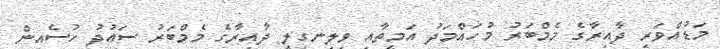
މަޑުއްވަރީ ދާއިރާގެ މެމްބަރު މުހައްމަދު އަމީތާއި ވިލިނގިލީ ދާއިރާގެ މެމްބަރު ސައުދު ހުސެއިން